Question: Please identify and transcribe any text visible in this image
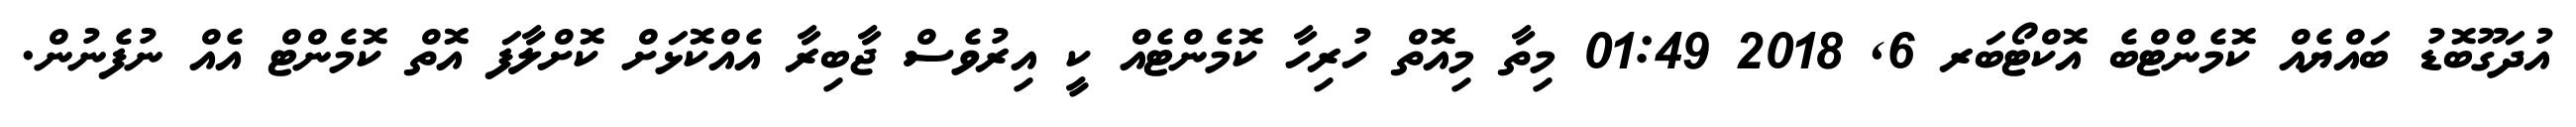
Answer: އުދަގޫބޮޑު ބައްޔެއް ކޮމެންޓްބެ އޮކްޓޯބަރ 6, 2018 01:49 މިތާ މިއޮތް ހުރިހާ ކޮމެންޓެއް ކީ އިރުވެސް ޖާބިރާ އެއްކޮޅަށް ކޮށްލާފަ އޮތް ކޮމެންޓް އެއް ނުފެނުން.